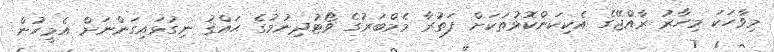
މިވާހަކަ މިހާރު ރާއްޖޭގެ އެކިކަންކޮޅުތަކަށް ފަތުރާ މެމްބަރުގެ ވޯޓުދިނުމުގެ ޙައްޤު ނިގުޅައިގަންނަށް އެމީހުން